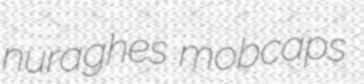
nuraghes mobcaps